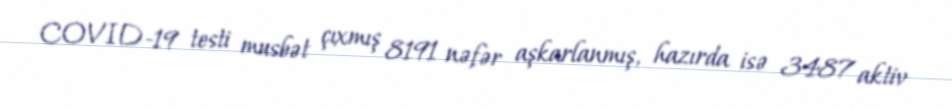
COVID-19 testi musbət çıxmış 8191 nəfər aşkarlanmış, hazırda isə 3487 aktiv